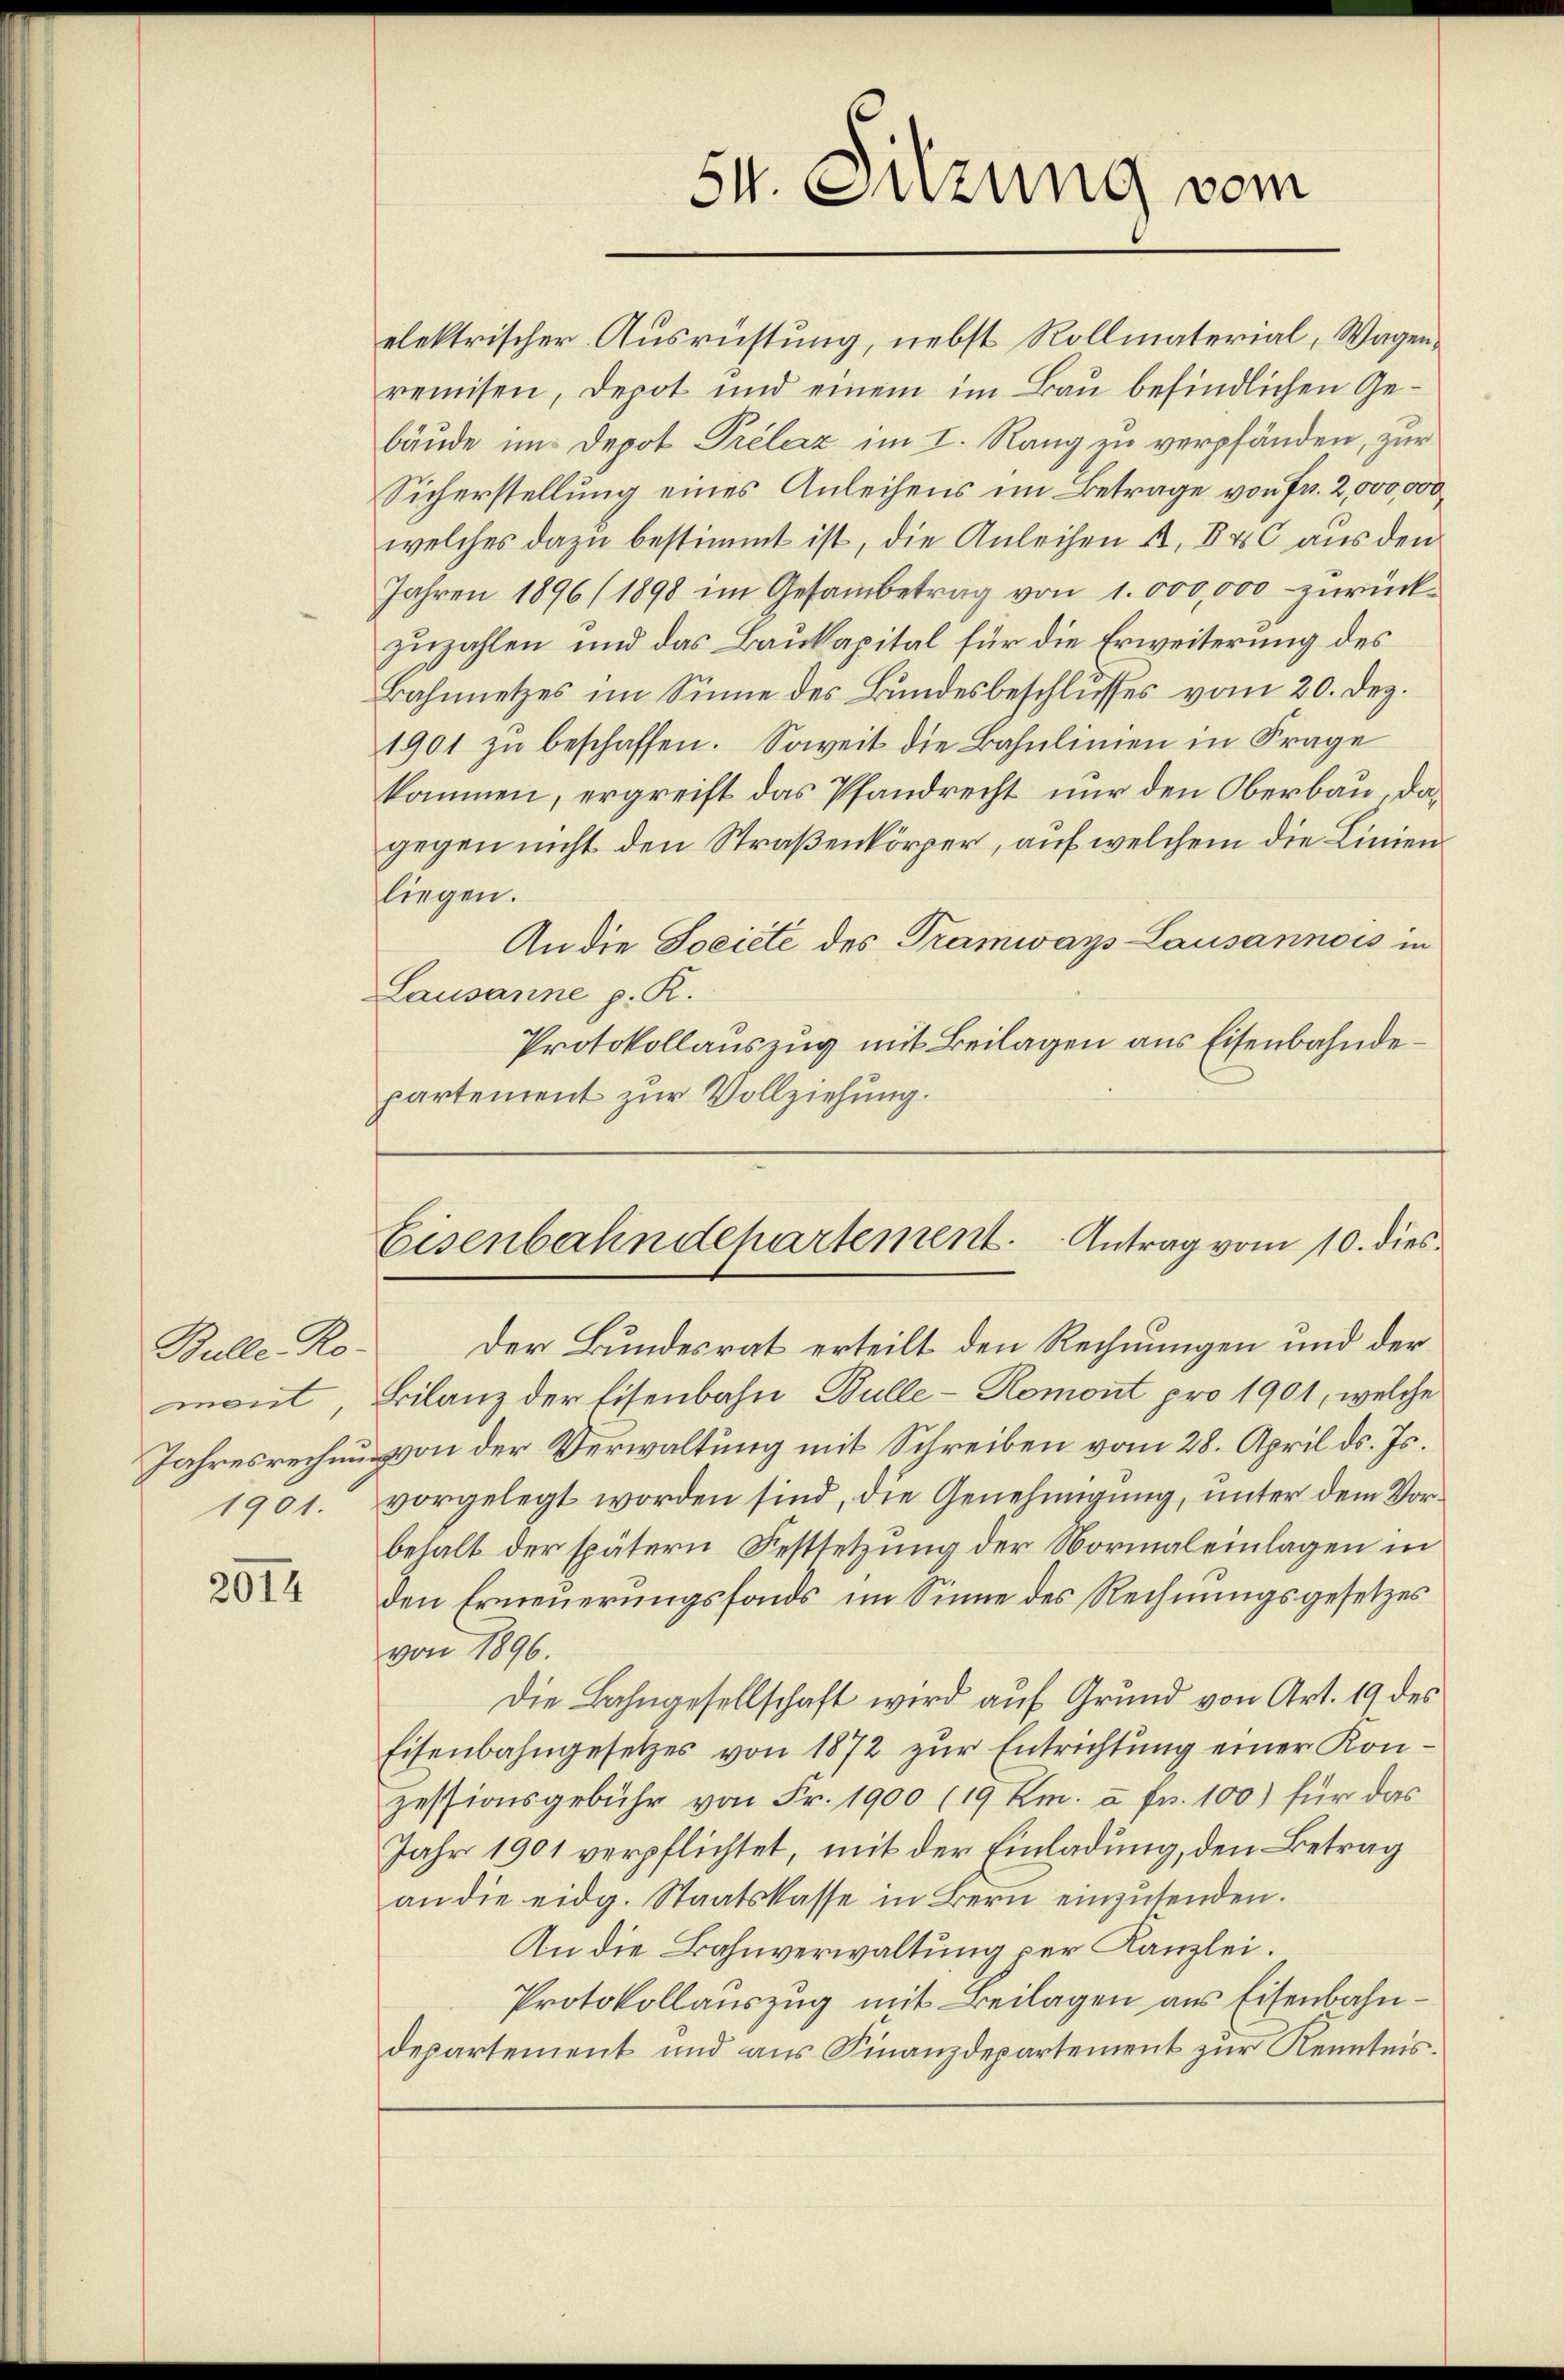
Bulle Ro-
noul
Jahresrechnun
1901.

2014

54. Sitzung vom

elektrischer Ausrichtung, nebst Rollmaterial, Wagenremisen, Depot und einem im Bau befindlichen Gebäude im Depot Prélaz im I. Rang zu verpfänden, zur
Sicherstellung eines Anleihens im Betrage von Fr. 2,000,000
welches dazu bestimmt ist, die Anleihen u. 840 aus den
Jahren 1896 (1898 im Gesambetrag von 1. 000,000 zurückzuzahlen und das Baukapital für die Erweiterung des
Bahnnetzes im Sinne des Bundesbeschlusses vom 20. Dez.
1901 zŭ beschaffen. Soweit die Bahnlinien in Frage
kommen, ergreift das Pfandrecht nur den Oberbau, dagegen nicht den Straßenkörper, auf welchem die Linienliegen.
An die Societe des Tramways-Lausannois in
Lausanne p. R.
Protokollauszug mit Beilagen aus Eisenbahndepartement zur Vollziehung.

Eisenbahndepartement. Antrag vom 10. dies

Der Bundesrat erteilt den Rechnungen und der
Bilanz der Eisenbahn Bulle-Romont pro 1901, welche
von der Verwaltung mit Schreiben vom 28. April d. Js.
vorgelegt worden sind, die Genehmigung, unter dem Vorbehalt der spätern Festsetzung der Normaleinlagen in
den Erneuerungsfonds im Sinne des Rechnungsgesetzes
von 1896.
Die Bahngesellschaft wird auf Grund von Art. 19 des
Eisenbahngesetzes von 1872 zur Entrichtung einer Konzessionsgebühr von Fr. 1900 (19 Kr. à Fr. 100) für das
Jahr 1901 verpflichtet, mit der Einladung, den Betrag
an die eidg. Staatskasse in Bern einzŭsenden.
An die Bahnverwaltung per Kanzlei.
Protokollauszug mit Beilagen aus Eisenbahndepartement und aus Finanzdepartement zur Kenntnis¬